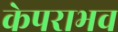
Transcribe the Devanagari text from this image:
केपराभव